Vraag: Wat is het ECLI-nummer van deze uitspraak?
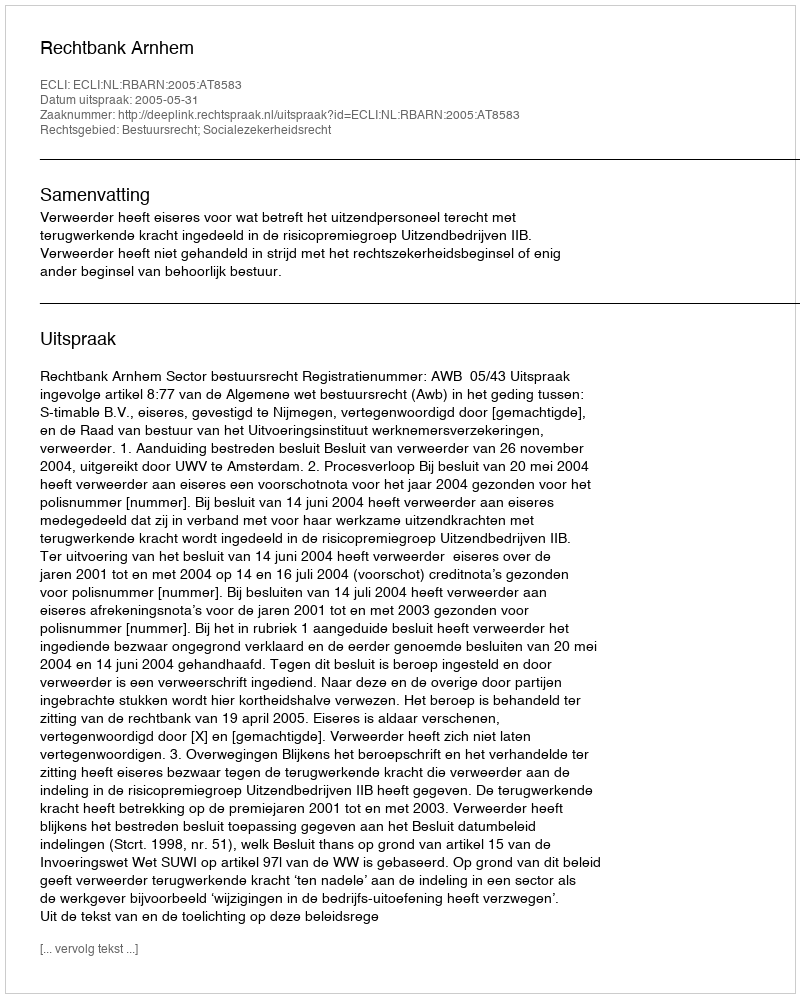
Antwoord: ECLI:NL:RBARN:2005:AT8583